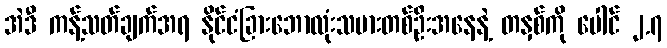
အဲဒီ ကန့်သတ်ချက်အရ နိုင်ငံခြားဘောလုံးသမားတစ်ဦးအနေနဲ့ တနှစ်ကို ပေါင် ၂.၇